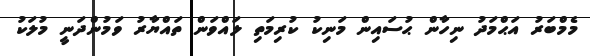
މެމްބަރު އަޙްމަދު ނިހާން ޙުސައިން މަނިކު ކުރިމަތި ލައްވަން ތައްޔާރު ވަމުންދަނީ މުލަކު